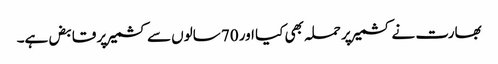
بھارت نے کشمیر پر حملہ بھی کیا اور 70 سالوں سے کشمیر پر قابض ہے۔